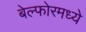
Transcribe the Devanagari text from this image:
बेल्फोरमध्ये